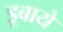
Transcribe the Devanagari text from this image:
डूबाये